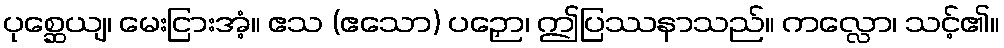
ပုစ္ဆေယျ၊ မေးငြားအံ့။ ဧသ (ဧသော) ပဉှော၊ ဤပြဿနာသည်။ ကလ္လော၊ သင့်၏။